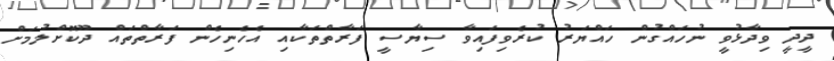
ދީދީ ވިދާޅުވީ ނުހައްގުން ހައްޔަރު ކުރެވިފައިވާ ސިޔާސީ ފަރާތްތަކާއި އެހެނިހެން ފަރާތްތައް ދޫކޮށްލުމަށް